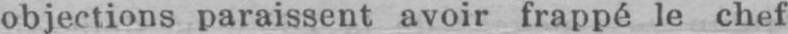
objections paraissent avoir frappé le chef